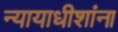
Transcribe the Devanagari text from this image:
न्यायाधीशांना